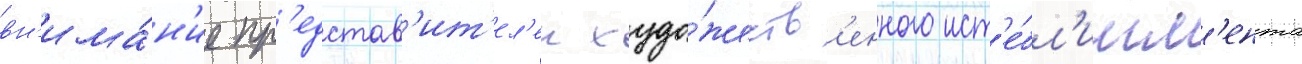
вн'има́н'ие пр'едстав'ит'ел'еи худо́жеств'енного ист'е́бл'ишм'ента